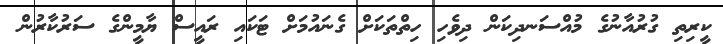
ކީރިތި ގުރުއާނުގެ މުއްސަނދިކަން ދިވެހި ހިތްތަކަށް ގެނައުމަށް ޓަކައި ރައީސް ޔާމީންގެ ސަރުކާރުން